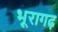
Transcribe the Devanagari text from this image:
भूरागढ़